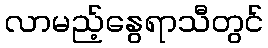
လာမည့်နွေရာသီတွင်